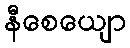
နီစေယျော